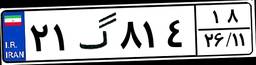
۲۱گ۸۱۴۱۸